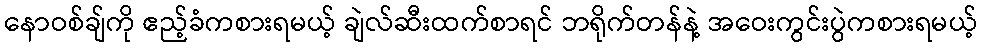
နောဝစ်ချ်ကို ဧည့်ခံကစားရမယ့် ချဲလ်ဆီးထက်စာရင် ဘရိုက်တန်နဲ့ အဝေးကွင်းပွဲကစားရမယ့်